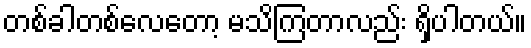
တစ်ခါတစ်လေတော့ မသိကြတာလည်း ရှိပါတယ်။